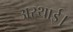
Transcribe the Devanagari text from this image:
अस्थाई।